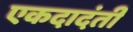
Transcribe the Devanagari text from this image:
एकदादंती